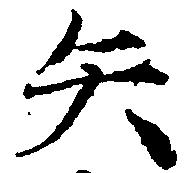
矢